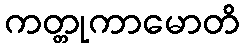
ကတ္တုကာမောတိ